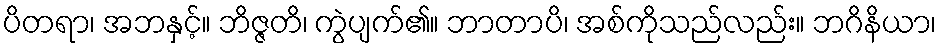
ပိတရာ၊ အဘနှင့်။ ဘိဇ္ဇတိ၊ ကွဲပျက်၏။ ဘာတာပိ၊ အစ်ကိုသည်လည်း။ ဘဂိနိယာ၊